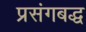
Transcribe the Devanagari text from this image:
प्रसंगबद्ध